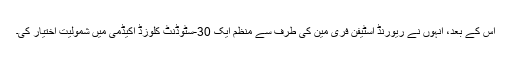
اس کے بعد، انہوں نے ریورنڈ اسٹیفن فری مین کی طرف سے منظم ایک 30-سٹوڈنٹ کلوزڈ اکیڈمی میں شمولیت اختیار کی۔